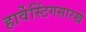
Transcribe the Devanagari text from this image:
हार्वेस्टिंगसारखे